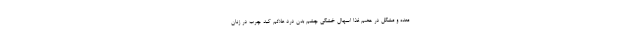
معده و مشکل در هضم غذا اسهال خشکی چشم بدن درد علائم کبد چرب در زنان